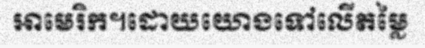
អាមេរិក។ដោយយោងទៅលើតម្លៃ